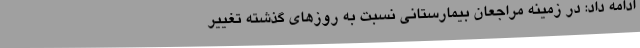
ادامه داد: در زمینه مراجعان بیمارستانی نسبت به روزهای گذشته تغییر